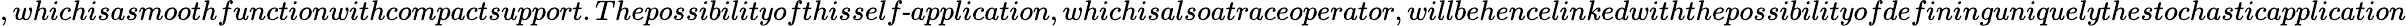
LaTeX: ,whichisasmoothfunctionwithcompactsupport.Thepossibilityofthis\textit{self-application},whichisalsoa\textit{traceoperator},willbehencelinkedwiththepossibilityofdefininguniquelythestochasticapplication